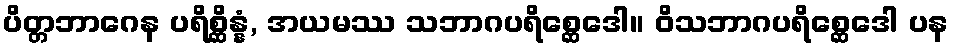
ပိတ္တဘာဂေန ပရိစ္ဆိန္နံ, အယမဿ သဘာဂပရိစ္ဆေဒေါ။ ဝိသဘာဂပရိစ္ဆေဒေါ ပန